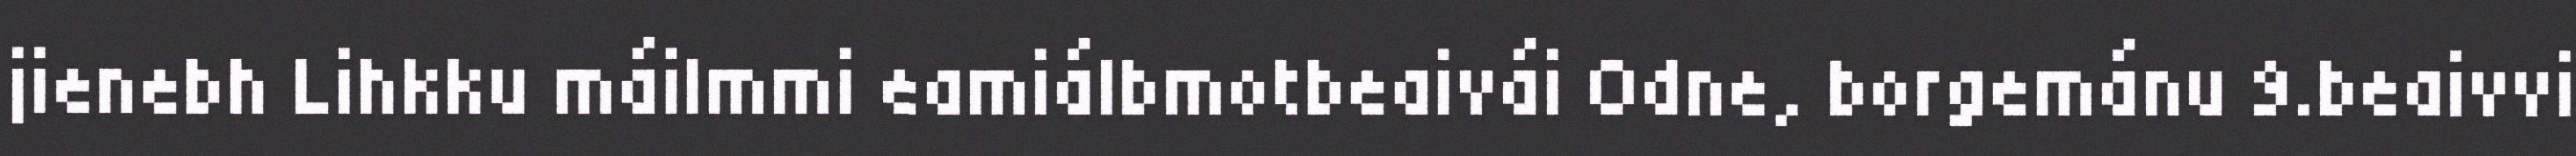
jienebh Lihkku máilmmi eamiálbmotbeaivái Odne, borgemánu 9.beaivvi